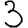
Digit: 3